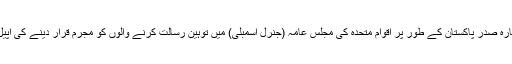
25 ستمبر 2012 کو آصف علی زرداری صاحب نے دوبارہ صدرِ پاکستان کے طور پر اقوامِ متحدہ کی مجلسِ عامہ (جنرل اسمبلی) میں توہینِ رسالت کرنے والوں کو مجرم قرار دینے کی اپیل کرکے عظیم الشان قرارداد نمبر 18/16 منظور کروائی۔